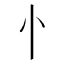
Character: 忄